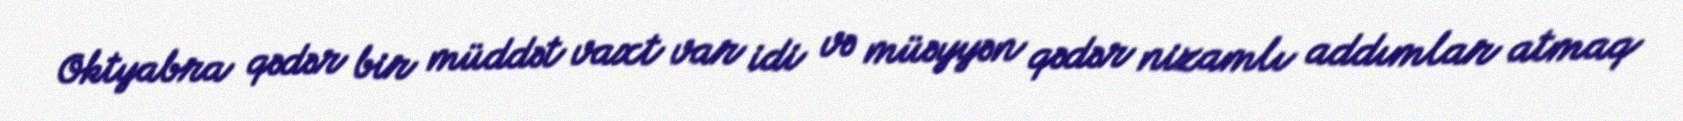
Oktyabra qədər bir müddət vaxt var idi və müəyyən qədər nizamlı addımlar atmaq